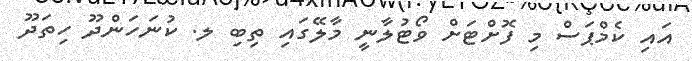
އައި ކެމްޕަސް މި ފޮށްޓަށް ވޯޓުލާނީ މާލޭގައި ތިބި ލ. ކުނަހަންދޫ ހިތަދޫ